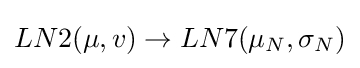
LN2(\mu ,v)\rightarrow LN7(\mu _{N},\sigma _{N})